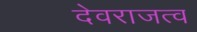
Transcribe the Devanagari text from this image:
देवराजत्व